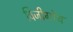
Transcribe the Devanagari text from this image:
विजीगोथ